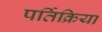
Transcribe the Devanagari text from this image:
पर्तिक्रिया